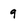
Character: 9